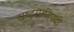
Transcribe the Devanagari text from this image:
राष्ट्रपतिपदी